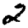
Digit: 2